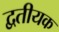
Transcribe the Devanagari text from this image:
द्वतीयक